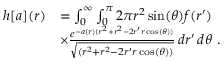
\begin{array} { r l } { h [ a ] ( r ) } & { = \int _ { 0 } ^ { \infty } \int _ { 0 } ^ { \pi } 2 \pi r ^ { 2 } \sin ( \theta ) f ( r ^ { \prime } ) } \\ & { \times \frac { e ^ { - a ( r ) ( r ^ { 2 } + r ^ { 2 } - 2 r ^ { \prime } r \cos ( \theta ) ) } } { \sqrt { ( r ^ { 2 } + r ^ { 2 } - 2 r ^ { \prime } r \cos ( \theta ) ) } } \, d r ^ { \prime } \, d \theta \ . } \end{array}